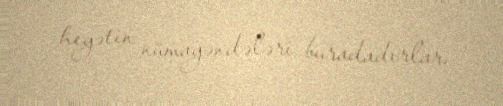
heyətin nümayəndələri buradadırlar.